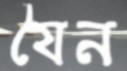
যৈন